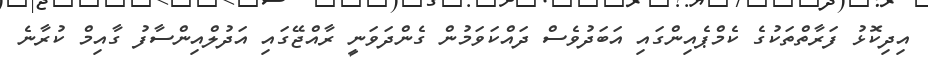
އިދިކޮޅު ފަރާތްތަކުގެ ކެމްޕެއިންގައި އަބަދުވެސް ދައްކަވަމުން ގެންދަވަނީ ރާއްޖޭގައި އަދުލްއިންސާފު ގާއިމް ކުރާނެ